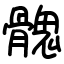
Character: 𩪁